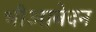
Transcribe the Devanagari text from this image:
भीआवेदन